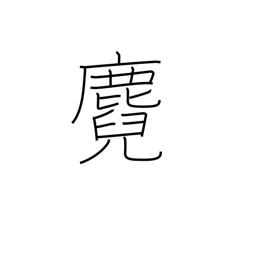
Meaning: fawn